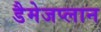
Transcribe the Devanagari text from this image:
डैमेजप्लान